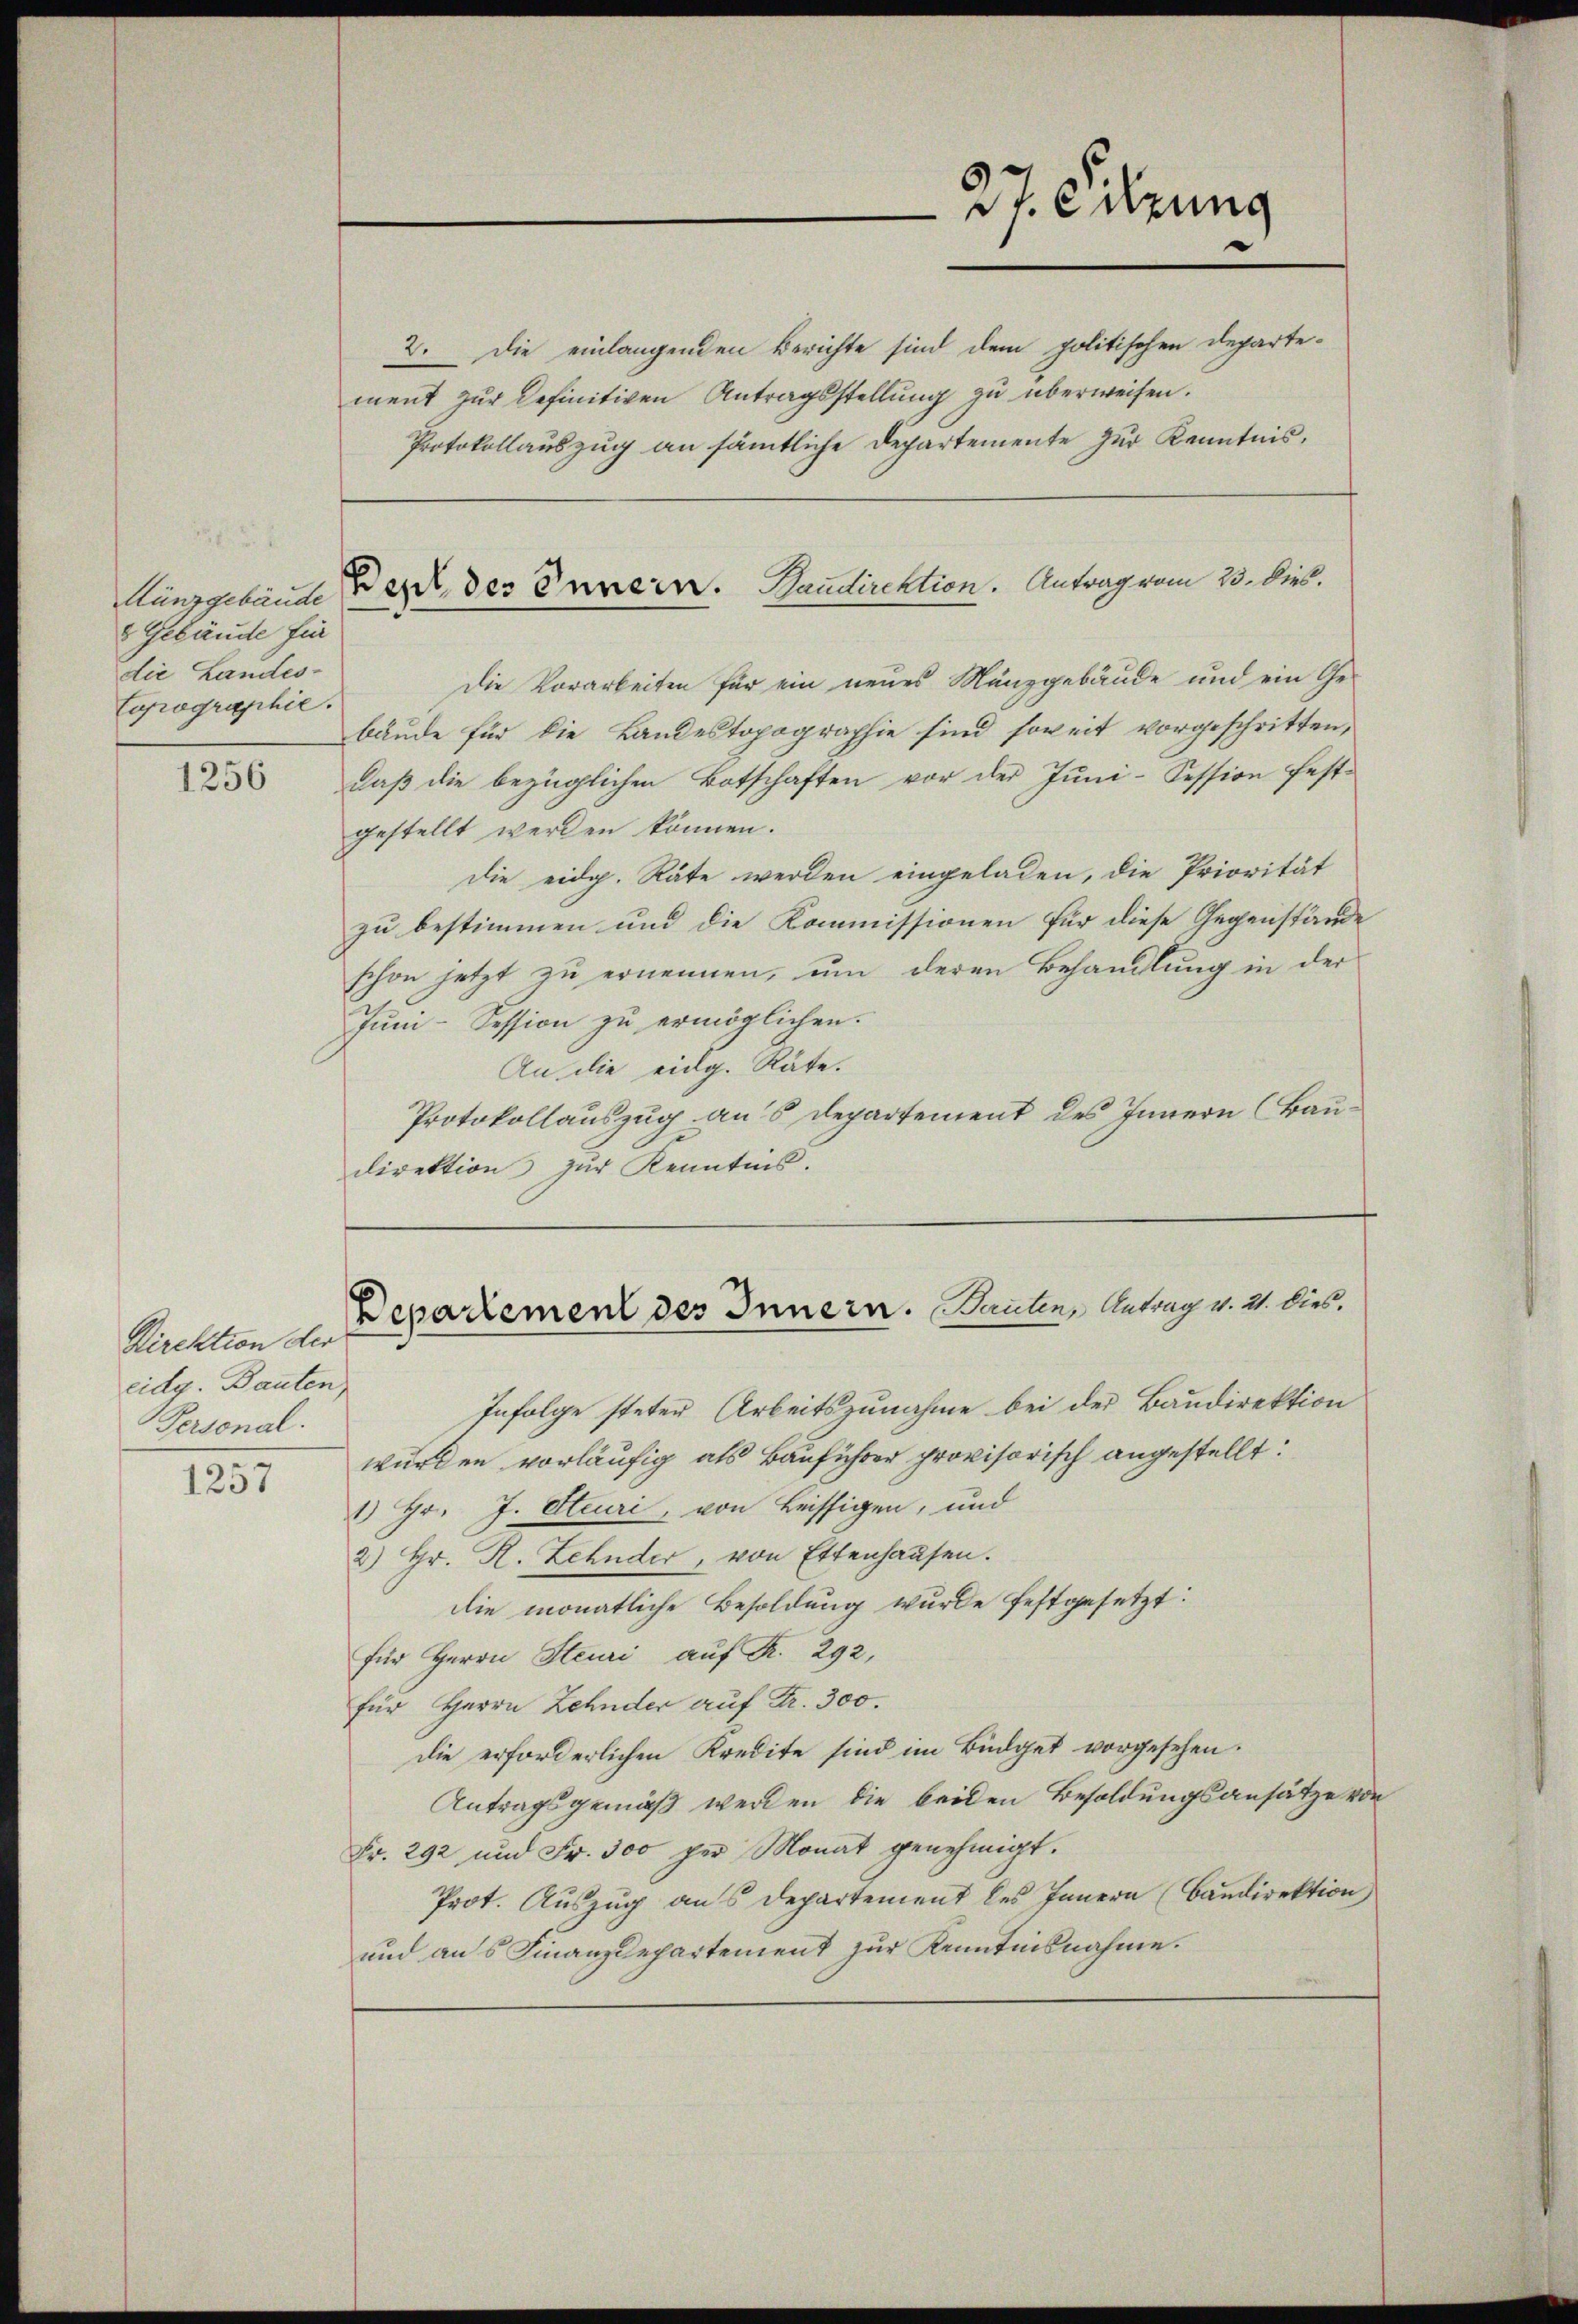
8 Gebäude für
die Landes-
Copographie.

1256

Direktion der
eidg. Bauten
Personal.

1257

2. Die einlangenden Berichte sind dem politischen Departement zur Definitiven Antragsstellung zu überweisen.
Protokollauszug an sämmtliche Departemente zur Kenntnis,

die Vorarbeiten für ein neues Münzgebäude und ein Gebäude für die Landestopographie sind soweit vorgeschritten,
daß die bezüglichen Botschaften vor der Juni-Session festgestellt werden können.
die eidg. Räte werden eingeladen, die Priorität
zu bestimmen und die Kommissionen für diese Gegenstände
schon jetzt zu ernennen, um deren Behandlung in der
Juni-Session zu ermöglichen.
An die eidg. Räte.
Protokollauszug aus Departement des Innern (Baudirektion zur Kenntnis.

27. Sitzung

Hünzgebäude er der Ennern. Sandirektion. Antrag vom 23. Dies.

Infolge steten Arbeitszunahme bei der Baudirektion
wurden vorläufig als Bauführer provisorisch angestellt:
1) Hr. J. Steuri, von Heissigen, und
2) Hr. R. Zehnder, von Ettenhausen.
die monatliche Besoldung wurde festgesetzt:
für Herrn Steuri auf R. 292,
für Herrn Zehnder auf Fr. 300.
die erforderlichen Kredite sind im Büdget vorgesehen.
Antragsgemäß werden die beiden Besoldungsansätze von
Fr. 292 und Fr. 300 per Monat genehmigt.
Prot. Auszug aus Departement des Innern (Baudirektion
und aus Finanzdepartement zur Kenntnisnahme.

Departement des Innern. Bauten, Antrag v. 21. dies.